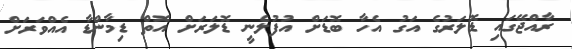
ރާއްޖޭގައި ޑޮލަރުގެ އަގު އެހާ ބޮޑަށް އުފުލެނީ ޑޮލަރަށް އޮތް ޑިމާންޑާ އެއްވަރަށް